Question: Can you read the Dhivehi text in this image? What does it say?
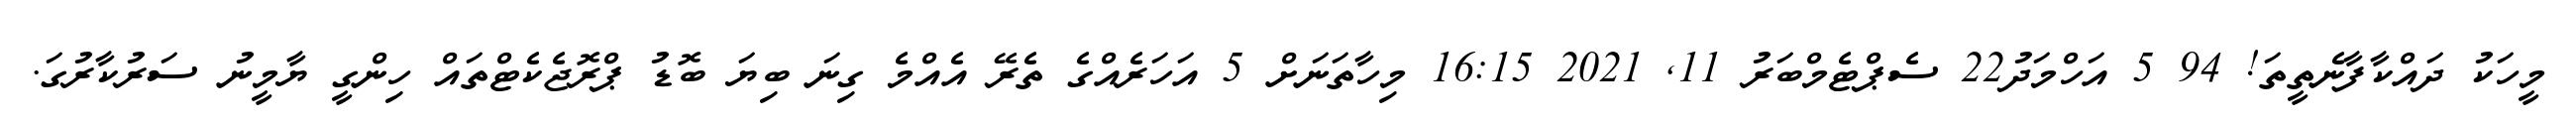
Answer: މީހަކު ދައްކާފާނެތީތަ! 94 5 އަހްމަދު22 ސެޕްޓެމްބަރު 11, 2021 16:15 މިހާތަނަށް 5 އަހަރެއްގެ ތެރޭ އެއްމެ ގިނަ ބިޔަ ބޮޑު ޕްރޮޖެކެޓްތައް ހިންގީ ޔާމީނު ސަރުކާރުގަ.